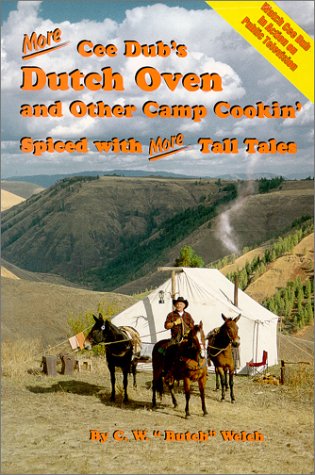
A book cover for More Cee Dub's Dutch Oven and Other Camp Cookin'; C. W.; Cookbooks, Food & Wine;